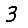
Digit: 3